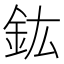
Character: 鈜